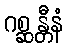
ဂစ္ဆန္တီနံ